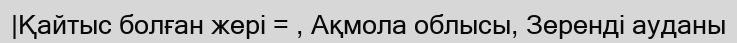
|Қайтыс болған жері = , Ақмола облысы, Зеренді ауданы